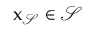
\mathbf { \boldsymbol { x } } _ { \mathcal { S } } \in \mathcal { S }